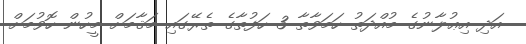
އަދި އިޢުލާނުގެ މުއްދަތު ހަމަވާތާ 3 ހަފުތާގެ ތެރޭގައި މަޤާމަށް މީހުން ހޮވުމަށް